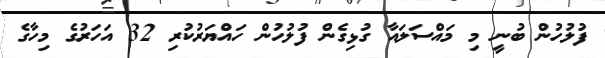
ފުލުހުން ބުނީ މި މައްސަލައާ ގުޅިގެން ފުލުހުން ހައްޔަރުކުރި 32 އަހަރުގެ މިހާގެ